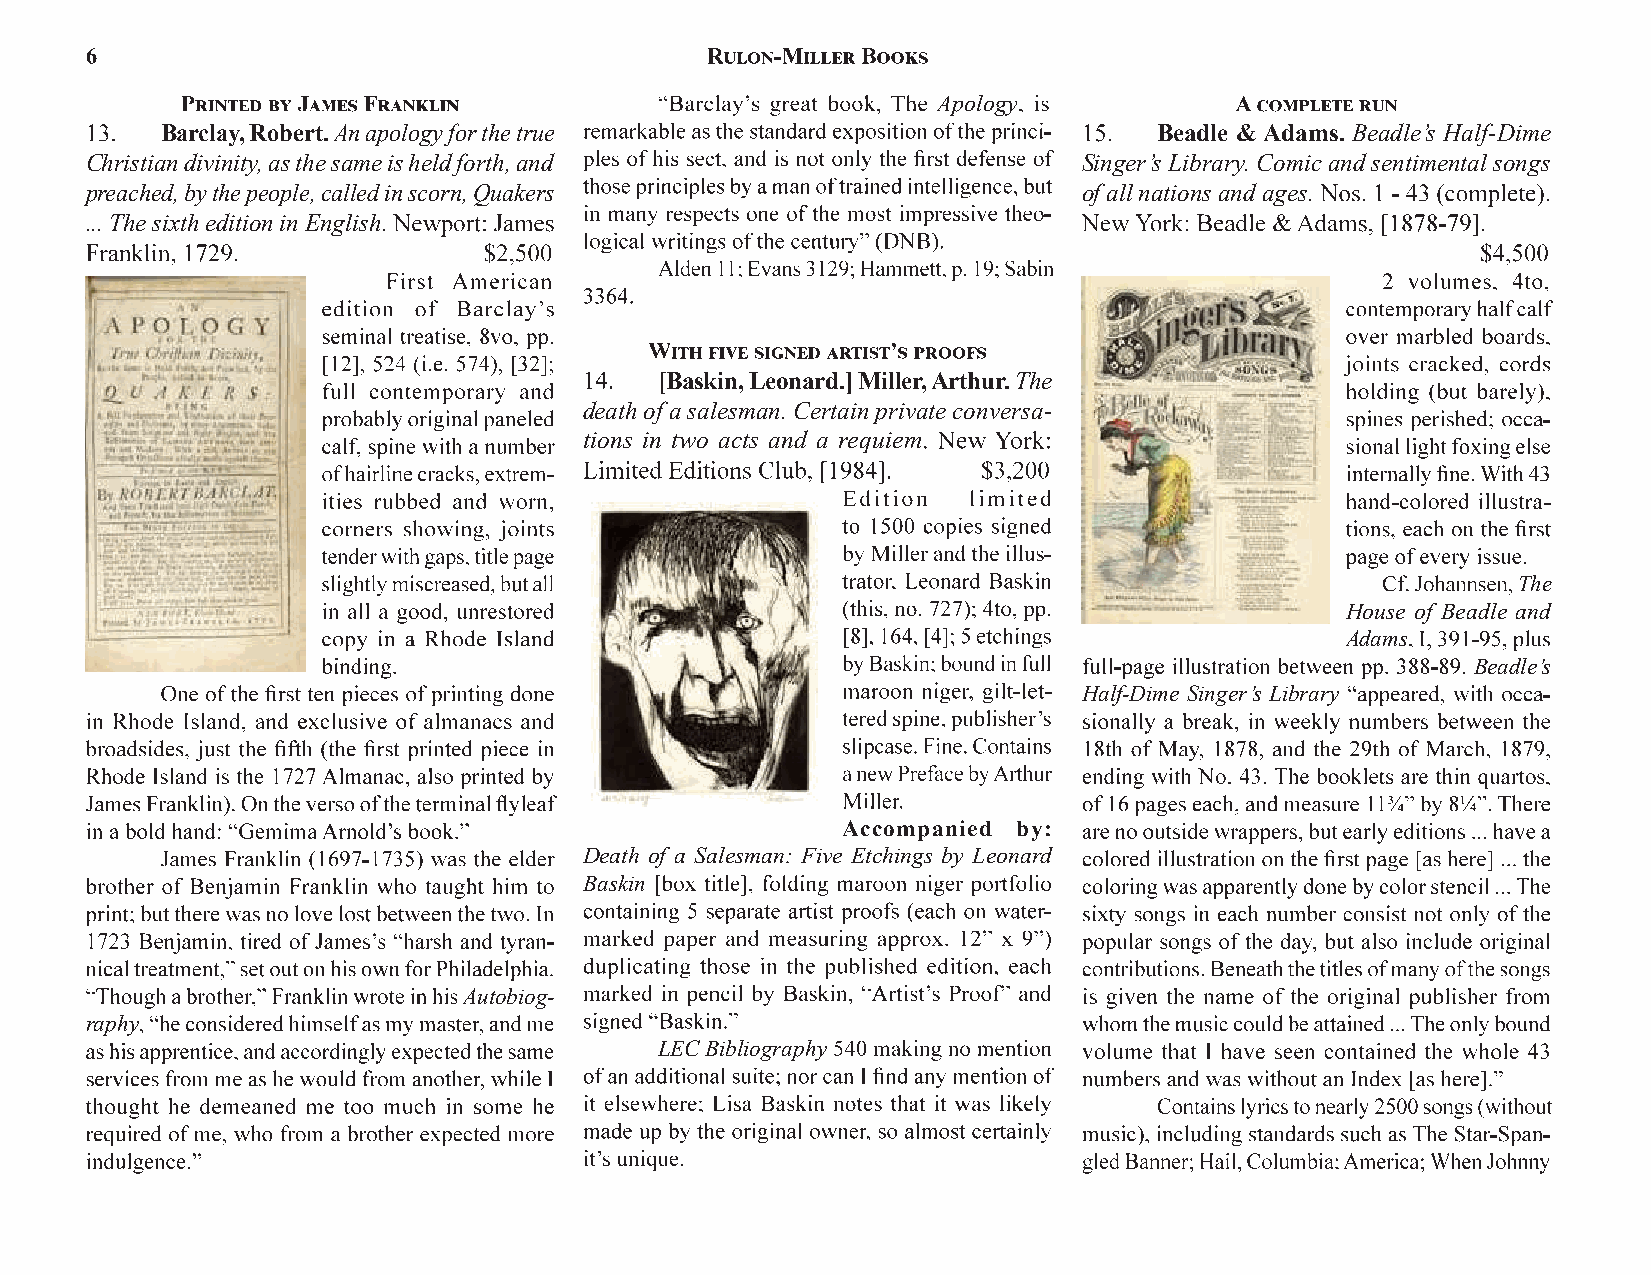
Apology
 Barclay, Robert.An apology for the true                           Beadle & Adams. Beadle’s Half-Dime
 Christian divinity, as the same is held forth, and                Singer’s Library. Comic and sentimental songs
 preached, by the people, called in scorn, Quakers                 of all nations and ages.
 ... The sixth edition in English.
 [Baskin, Leonard.]Miller, Arthur.The
 death of a salesman. Certain private conversa-
 tions in two acts and a requiem
 The
 House of Beadle and
 Adams
 Beadle’s
 Half-Dime Singer’s Library
 Accompanied by:
 Death of a Salesman: Five Etchings by Leonard
 Baskin
 Autobiog-
 raphy
 LEC Bibliography